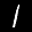
Label: 1